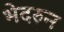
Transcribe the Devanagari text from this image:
भेदरुन